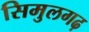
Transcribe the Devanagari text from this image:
सिमुलगढ़